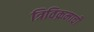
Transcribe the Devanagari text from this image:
त्रिविक्रमाची